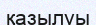
қазылуы